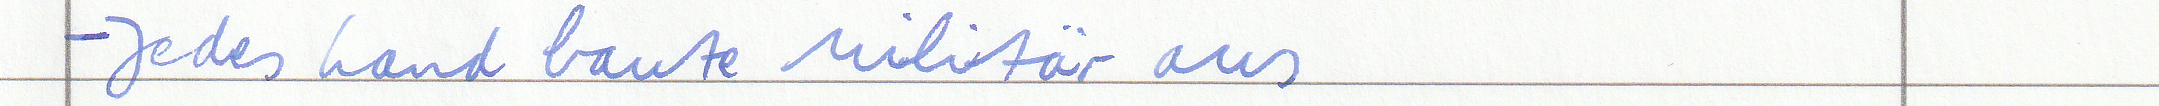
- Jedes Land baute Militär aus